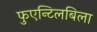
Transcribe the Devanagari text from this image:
फुएन्टिलबिला